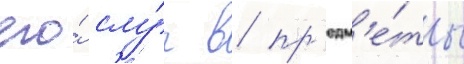
его́ слу́г в пр'едм'е́ты